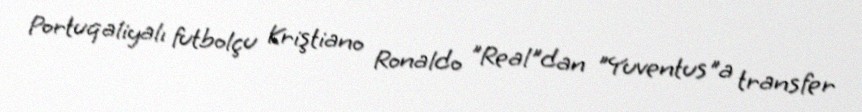
Portuqaliyalı futbolçu Kriştiano Ronaldo "Real"dan "Yuventus"a transfer